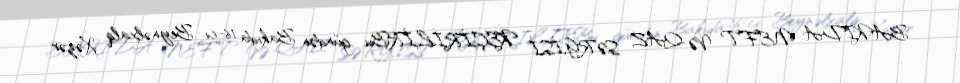
BAKIDA NEFT VƏ QAZ SƏRGİSİ KEÇİRİLİRBu gündən Bakıda 16-cı Beynəlxalq Xəzər